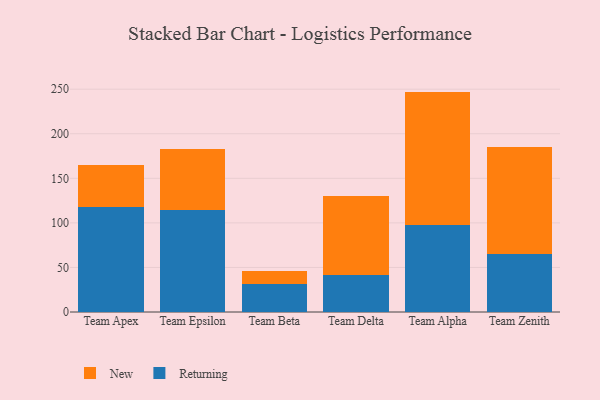
{"axis": {"x": "Team", "y": "Tickets Resolved"}, "legend": ["New", "Returning"], "data": [{"x": "Team Apex", "y": 118.1, "type": "Returning"}, {"x": "Team Apex", "y": 47.4, "type": "New"}, {"x": "Team Epsilon", "y": 115.0, "type": "Returning"}, {"x": "Team Epsilon", "y": 68.1, "type": "New"}, {"x": "Team Beta", "y": 31.1, "type": "Returning"}, {"x": "Team Beta", "y": 14.5, "type": "New"}, {"x": "Team Delta", "y": 42.0, "type": "Returning"}, {"x": "Team Delta", "y": 88.5, "type": "New"}, {"x": "Team Alpha", "y": 97.9, "type": "Returning"}, {"x": "Team Alpha", "y": 149.4, "type": "New"}, {"x": "Team Zenith", "y": 65.1, "type": "Returning"}, {"x": "Team Zenith", "y": 119.6, "type": "New"}]}